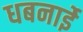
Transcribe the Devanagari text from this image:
धबनाईे